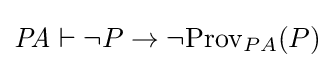
{\mathit {PA}}\vdash {\neg P\rightarrow \neg \mathrm {Prov} _{PA}(P)}